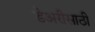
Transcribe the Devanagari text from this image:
डेअरीसाठी